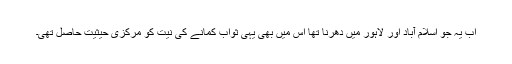
اب یہ جو اسلام آباد اور لاہور میں دھرنا تھا اس میں بھی یہی ثواب کمانے کی نیت کو مرکزی حیثیت حاصل تھی۔